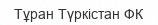
Тұран Түркістан ФК